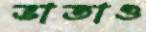
ভাতাও